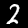
Digit: 2